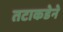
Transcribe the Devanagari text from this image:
तटाकडेने